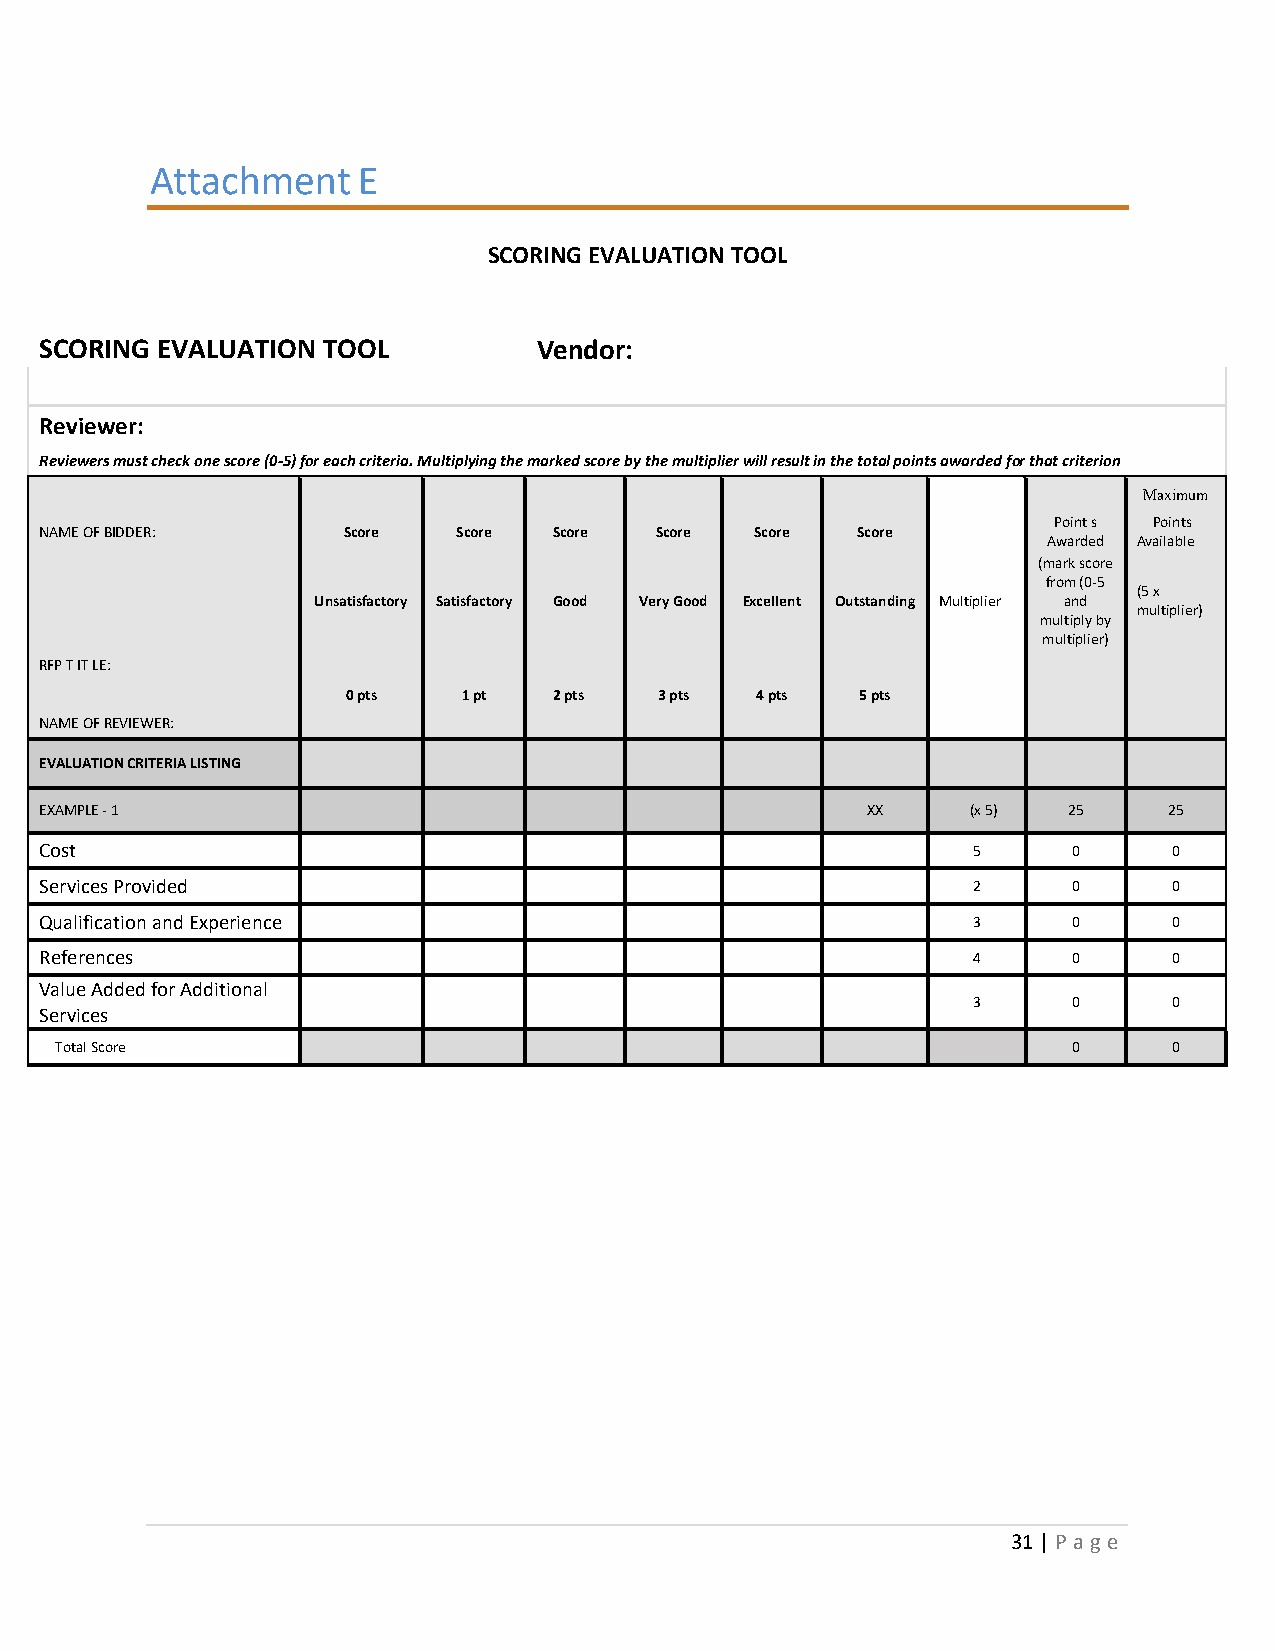
Attachment    E
 SCORING EVALUATION TOOL
 SCORING EVALUATION TOOL          Vendor:
 Reviewer:
 Reviewers must check one score (0‐5) for each criteria. Multiplying the marked score by the multiplier will result in the total points awarded for that criterion
 Maximum
 Point s Points
 NAME OF BIDDER:     Score  Score  Score Score  Score  Score
 Awarded Available
 (mark score
 from (0‐5
 (5 x
 Unsatisfactory Satisfactory Good Very Good Excellent Outstanding Multiplier and
 multiplier)
 multiply by
 multiplier)
 RFP T IT LE:
 0 pts   1 pt  2 pts  3 pts 4 pts  5 pts
 NAME OF REVIEWER:
 EVALUATION CRITERIA LISTING
 EXAMPLE ‐ 1                                           XX     (x 5)  25    25
 Cost                                                         5      0      0
 Services Provided                                            2      0      0
 Qualification and Experience                                 3      0      0
 References                                                   4      0      0
 Value Added for Additional
 3      0      0
 Services
 Total Score                                                        0      0
 31 | P a g e